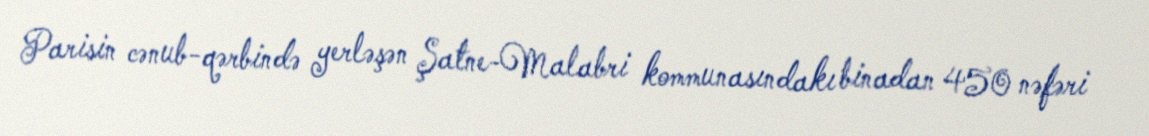
Parisin cənub-qərbində yerləşən Şatne-Malabri kommunasındakı binadan 450 nəfəri